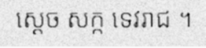
ស្តេច សក្ក ទេវរាជ ។